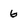
Character: 6